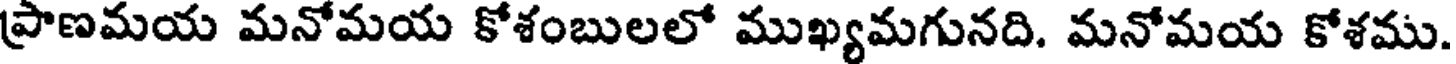
ప్రాణమయ మనోమయ కోశంబులలో ముఖ్యమగునది. మనోమయ కోశము.